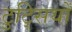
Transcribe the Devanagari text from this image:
टुट्सियों